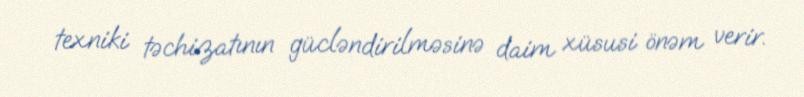
texniki təchizatının gücləndirilməsinə daim xüsusi önəm verir.